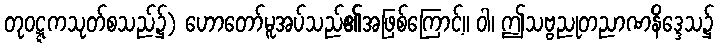
တုဝဋ္ဋကသုတ်စသည်၌) ဟောတော်မူအပ်သည်၏အဖြစ်ကြောင့်။ ဝါ၊ ဤသဗ္ဗညုတညာဏနိဒ္ဒေသ၌